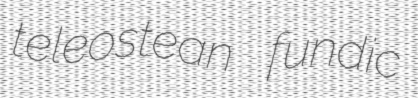
teleostean fundic